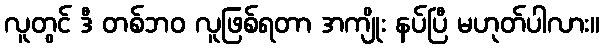
လူတွင် ဒီ တစ်ဘဝ လူဖြစ်ရတာ အကျိုး နပ်ပြီ မဟုတ်ပါလား။